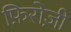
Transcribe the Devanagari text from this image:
फ़िरोज़ी